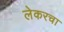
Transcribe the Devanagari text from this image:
लेकरचा